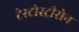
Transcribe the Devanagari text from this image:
टेस्टोस्ट्रीरोन